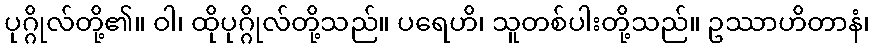
ပုဂ္ဂိုလ်တို့၏။ ဝါ၊ ထိုပုဂ္ဂိုလ်တို့သည်။ ပရေဟိ၊ သူတစ်ပါးတို့သည်။ ဥဿာဟိတာနံ၊